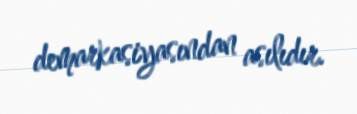
demarkasiyasından asılıdır.